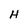
Character: H